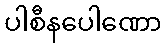
ပါစီနပေါဏော